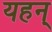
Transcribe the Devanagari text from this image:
यहन्